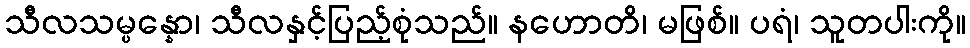
သီလသမ္ပန္နော၊ သီလနှင့်ပြည့်စုံသည်။ နဟောတိ၊ မဖြစ်။ ပရံ၊ သူတပါးကို။